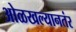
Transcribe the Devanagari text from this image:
ओळखल्यानतंर